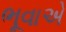
ભૂવાએ